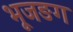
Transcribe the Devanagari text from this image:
भूजङग